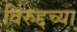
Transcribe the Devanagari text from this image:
विरुद्दच्या